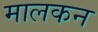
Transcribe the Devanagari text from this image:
मालकन